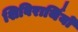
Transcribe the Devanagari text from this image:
शिविरार्थियों